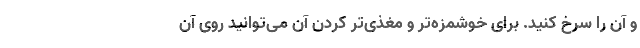
و آن را سرخ کنید. برای خوشمزه‌تر و مغذی‌تر کردن آن می‌توانید روی آن